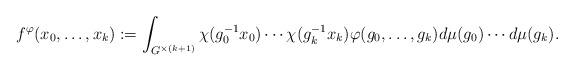
LaTeX: \begin{align*}f^\varphi(x_0,\ldots,x_k):=\int_{G^{\times(k+1)}}\chi(g_0^{-1}x_0)\cdots\chi(g_k^{-1}x_k)\varphi(g_0,\ldots,g_k)d\mu(g_0)\cdots d\mu(g_k).\end{align*}